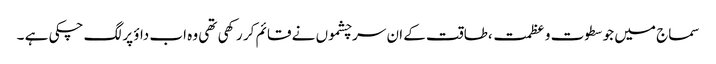
سماج میں جو سطوت و عظمت ،طاقت کے ان سرچشموں نے قائم کر رکھی تھی وہ اب داؤ پر لگ چکی ہے ۔